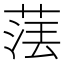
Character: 𦴵